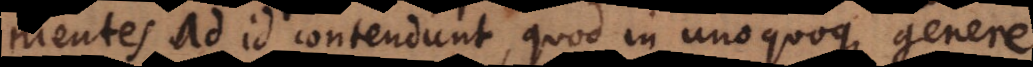
mentes ad id contendunt, quod in unoquoque genere